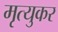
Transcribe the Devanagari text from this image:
मृत्युकर